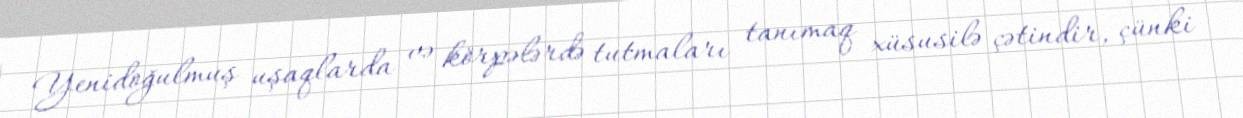
Yenidoğulmuş uşaqlarda və körpələrdə tutmaları tanımaq xüsusilə çətindir, çünki